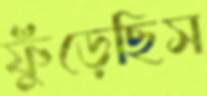
ফুঁড়েছিস